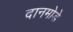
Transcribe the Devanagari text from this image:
दानमोडे